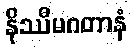
နိဿီမဂတာနံ